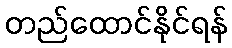
တည်ထောင်နိုင်ရန်